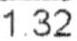
1.32